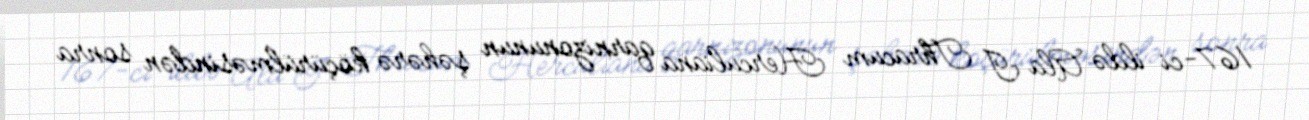
167-ci ildə Ala I Thracum Herculiana qarnizonunun şəhərə köçürülməsindən sonra